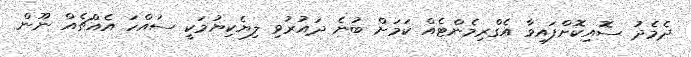
ދެމެދު ސޮއިކޮށްފައިވާ އެގްރިމެންޓެއް ކަމަށް ބުނެ ދައުރުވި ލިޔެކިޔުމަކީ ސައްހަ އެއްޗެއް ނޫން